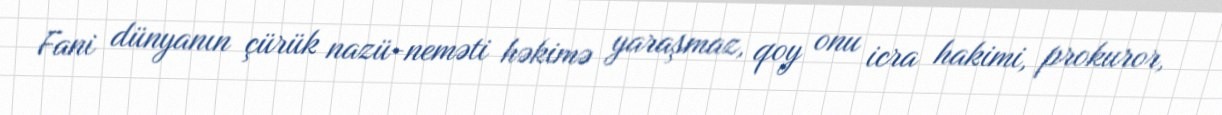
Fani dünyanın çürük nazü-neməti həkimə yaraşmaz, qoy onu icra hakimi, prokuror,